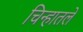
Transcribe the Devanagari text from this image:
चिन्हातले